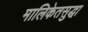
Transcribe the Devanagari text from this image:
मालिकेतसुद्धा